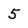
Character: 5